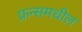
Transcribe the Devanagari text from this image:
फ्रन्समधील